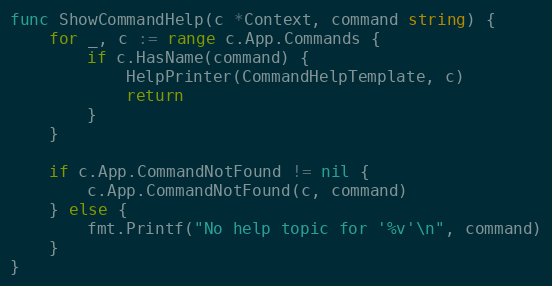
Language: Go
func ShowCommandHelp(c *Context, command string) {
	for _, c := range c.App.Commands {
		if c.HasName(command) {
			HelpPrinter(CommandHelpTemplate, c)
			return
		}
	}

	if c.App.CommandNotFound != nil {
		c.App.CommandNotFound(c, command)
	} else {
		fmt.Printf("No help topic for '%v'\n", command)
	}
}